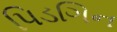
પિડગિન